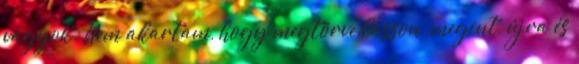
vagyok. Nem akartam, hogy megtörve lásson, megint, újra és